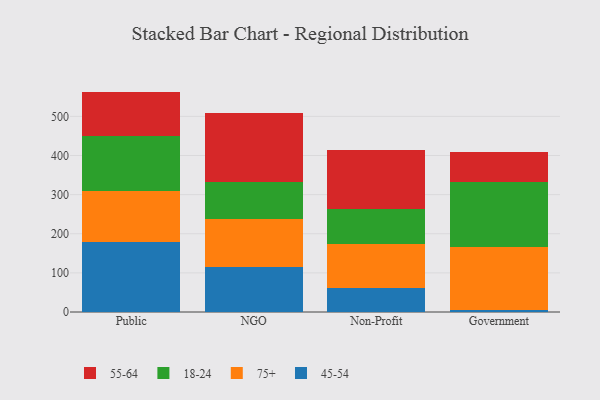
{"axis": {"x": "Segment", "y": "Page Views"}, "legend": ["18-24", "45-54", "55-64", "75+"], "data": [{"x": "Public", "y": 178.1, "type": "45-54"}, {"x": "Public", "y": 131.3, "type": "75+"}, {"x": "Public", "y": 140.2, "type": "18-24"}, {"x": "Public", "y": 113.7, "type": "55-64"}, {"x": "NGO", "y": 115.6, "type": "45-54"}, {"x": "NGO", "y": 122.6, "type": "75+"}, {"x": "NGO", "y": 93.6, "type": "18-24"}, {"x": "NGO", "y": 176.0, "type": "55-64"}, {"x": "Non-Profit", "y": 61.1, "type": "45-54"}, {"x": "Non-Profit", "y": 112.8, "type": "75+"}, {"x": "Non-Profit", "y": 90.2, "type": "18-24"}, {"x": "Non-Profit", "y": 150.6, "type": "55-64"}, {"x": "Government", "y": 6.3, "type": "45-54"}, {"x": "Government", "y": 159.8, "type": "75+"}, {"x": "Government", "y": 166.1, "type": "18-24"}, {"x": "Government", "y": 76.0, "type": "55-64"}]}